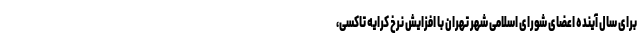
برای سال آینده اعضای شورای اسلامی شهر تهران با افزایش نرخ کرایه تاکسی،